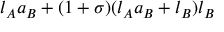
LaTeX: l _ { A } a _ { B } + ( 1 + \sigma ) ( l _ { A } a _ { B } + l _ { B } ) l _ { B }